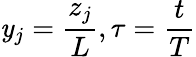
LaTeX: \mathit{y}_{j}=\frac{{z_{j}}}{{L}},\tau=\frac{{t}}{{T}}